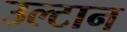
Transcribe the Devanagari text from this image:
उल्टान